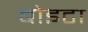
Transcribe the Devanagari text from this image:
बोइटा